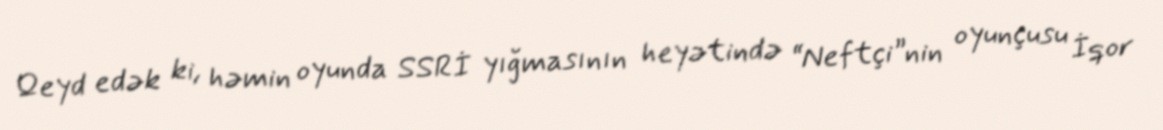
Qeyd edək ki, həmin oyunda SSRİ yığmasının heyətində “Neftçi”nin oyunçusu İqor